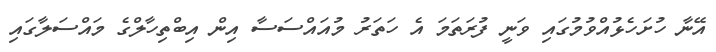
އޭނާ ހުށަހެޅުއްވުމުގައި ވަނީ ފުރަތަމަ އެ ހަތަރު މުއައްސަސާ އިން އިބްތިހާލްގެ މައްސަލާގައި